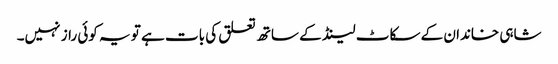
شاہی خاندان کے سکاٹ لینڈ کے ساتھ تعلق کی بات ہے تو یہ کوئی راز نہیں۔